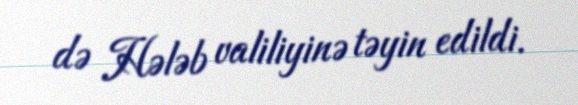
də Hələb valiliyinə təyin edildi.